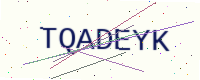
Text: TQADEYK